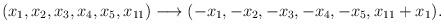
LaTeX: \begin{align*}(x_1,x_2,x_3,x_4,x_5,x_{11})\longrightarrow(-x_1,-x_2,-x_3,-x_4,-x_5,x_{11}+x_1).\end{align*}